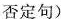
否定句)